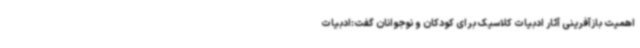
اهمیت بازآفرینی آثار ادبیات کلاسیک برای کودکان و نوجوانان گفت:ادبیات